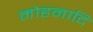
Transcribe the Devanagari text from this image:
मोहनादि